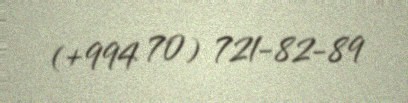
(+994 70) 721-82-89